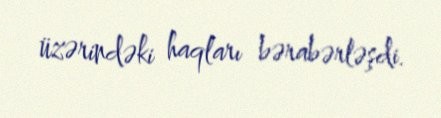
üzərindəki haqları bərabərləşdi.